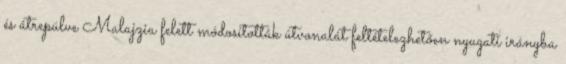
és átrepülve Malajzia felett módosították útvonalát feltételezhetően nyugati irányba